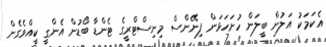
އެކަމަކު އަލުން ބީލަން ހުށަހަޅަން ފިނޭންސް މިނިސްޓްރީގެ ޓެންޑާ ބޯޑުން އެންގީ ކީއްވެގެން